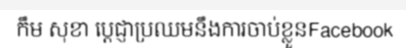
កឹម សុខា ប្តេជ្ញាប្រឈមនឹងការចាប់ខ្លួនFacebook